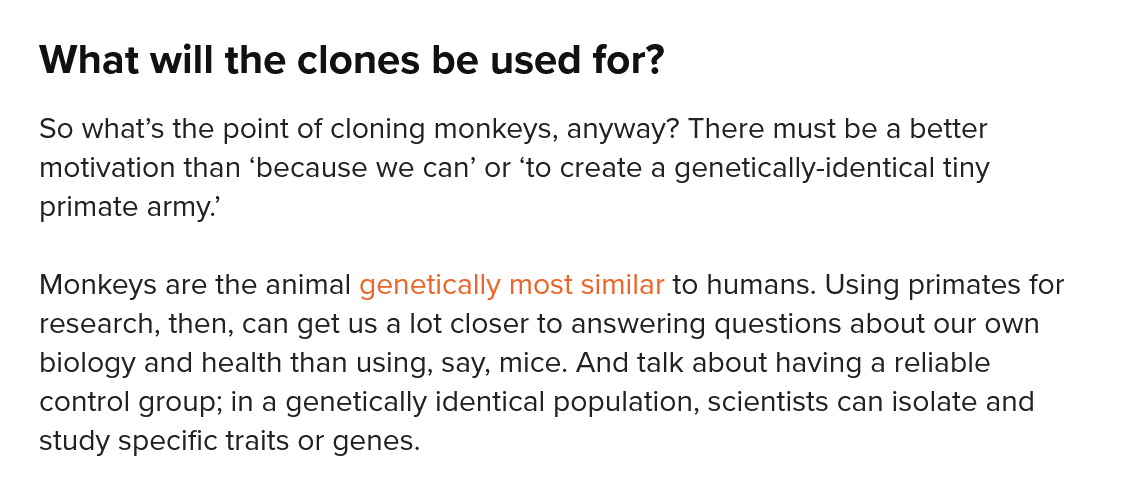
What  will   the   clones   be  used for?
   So what’s the point of cloning monkeys, anyway? There must be a better
   motivation than ‘because we can’ or ‘to create a genetically-identical tiny
   primate army.
   Monkeys are  the animal genetically most similar to humans. Using primates for
   research, then, can get us a lot closer to answering questions about our own
   biology and health than using, say, mice. And talk about having a reliable
   control group; in a genetically identical population, scientists can isolate and
   study specific traits or genes.